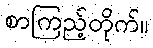
စာကြည့်တိုက်။